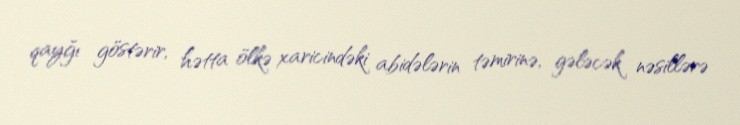
qayğı göstərir, hətta ölkə xaricindəki abidələrin təmirinə, gələcək nəsillərə